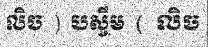
លិច ) បស្ចឹម ( លិច